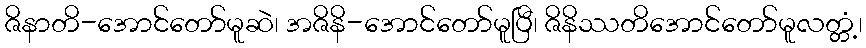
ဇိနာတိ-အောင်တော်မူဆဲ၊ အဇိနိ-အောင်တော်မူပြီ၊ ဇိနိဿတိအောင်တော်မူလတ္တံ့၊